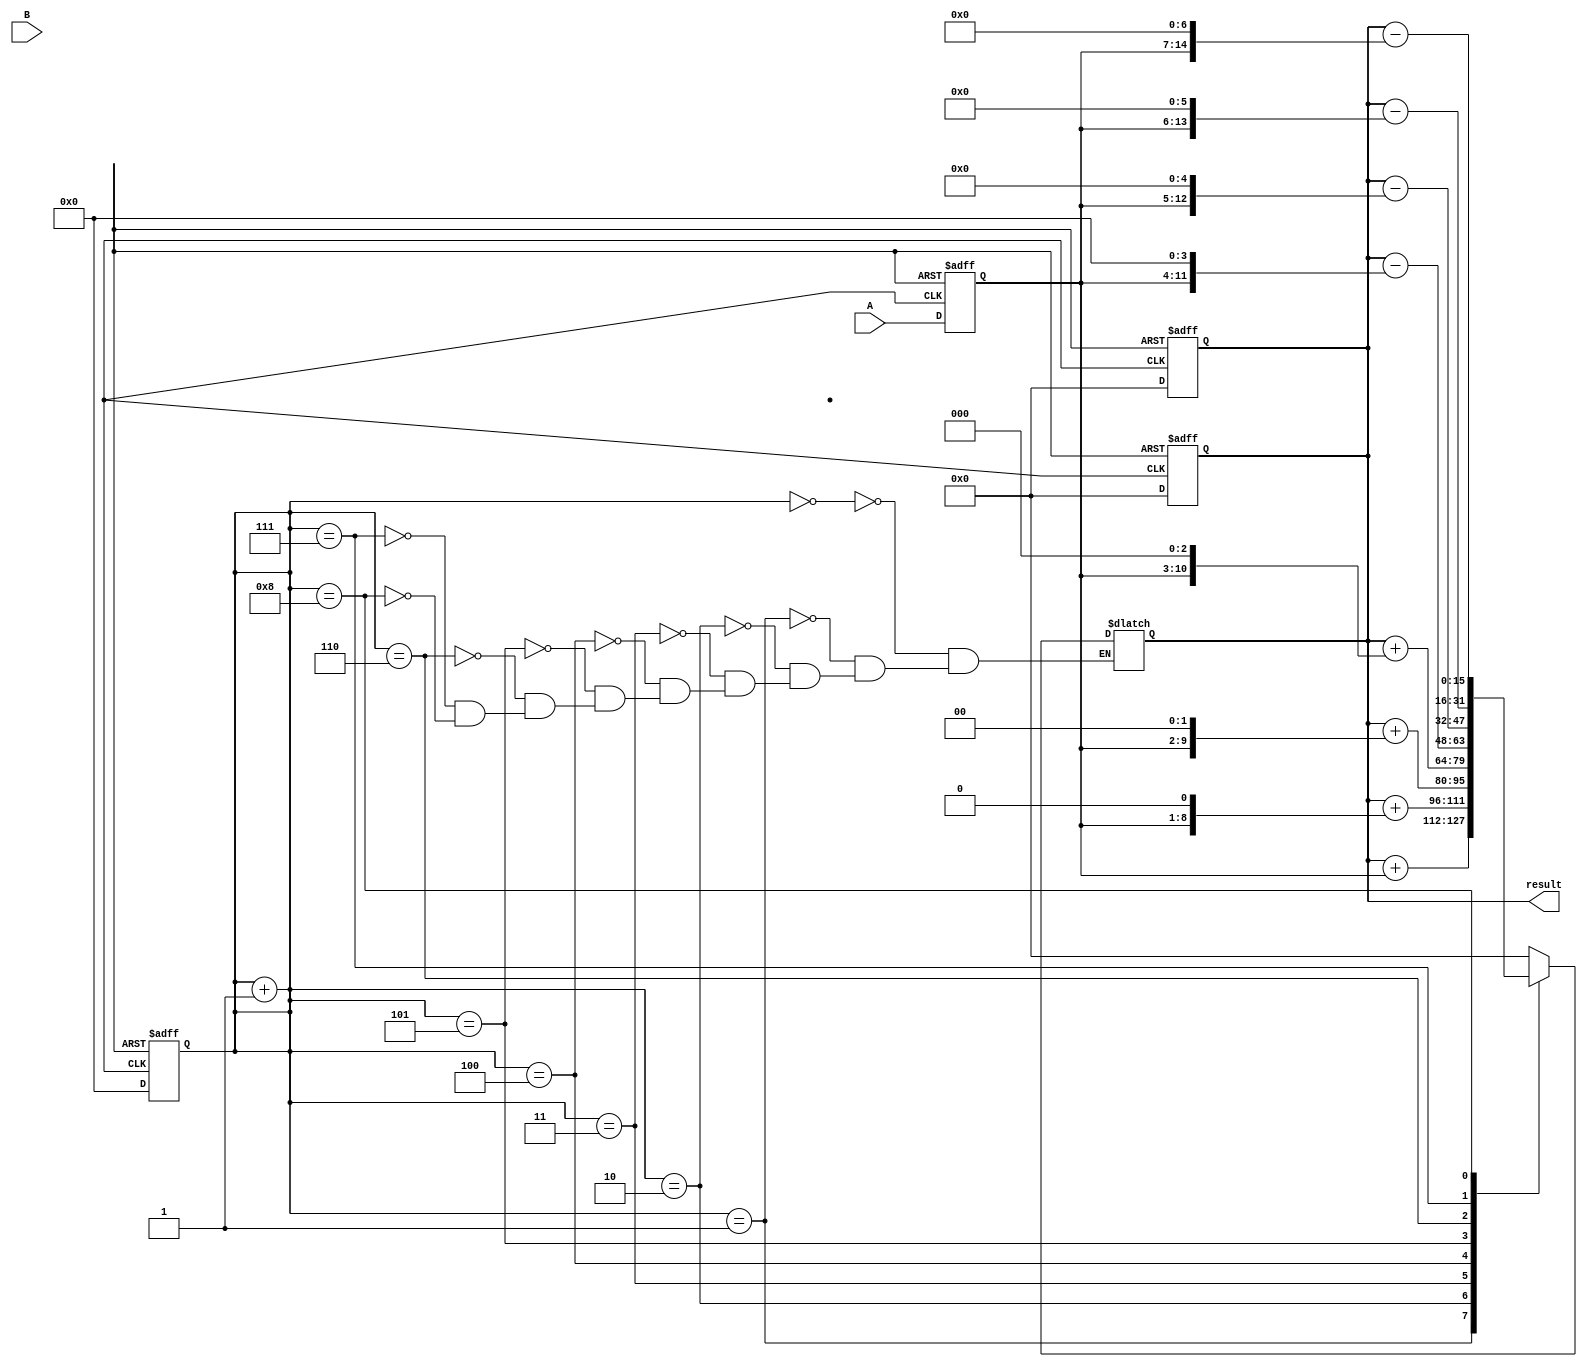
module Booth_Multiplier(
input signed [7:0] A,
input signed [7:0] B,
output reg signed [15:0] result
);

reg [7:0] A_reg;
reg [7:0] B_reg;
reg [3:0] count;
reg [15:0] partial_product;

always @ (posedge clk or negedge rst) begin
    if (!rst) begin
        A_reg <= 8'b0;
        B_reg <= 8'b0;
        count <= 4'b0;
        partial_product <= 16'b0;
        result <= 16'b0;
    end else begin
        A_reg <= A;
        B_reg <= B;
        count <= 4'b0;
        partial_product <= 16'b0;
        result <= 16'b0;
    end
end

always @ (*) begin
    case (count)
        4'b0000: partial_product = 16'b0;
        4'b0001: partial_product = partial_product + (A_reg << 0);
        4'b0010: partial_product = partial_product + (A_reg << 1);
        4'b0011: partial_product = partial_product + (A_reg << 2);
        4'b0100: partial_product = partial_product + (A_reg << 3);
        4'b0101: partial_product = partial_product - (A_reg << 4);
        4'b0110: partial_product = partial_product - (A_reg << 5);
        4'b0111: partial_product = partial_product - (A_reg << 6);
        4'b1000: partial_product = partial_product - (A_reg << 7);
    endcase
    count = count + 1;
end

assign result = partial_product;

endmodule